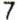
7